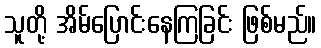
သူတို့ အိမ်ပြောင်းနေကြခြင်း ဖြစ်မည်။